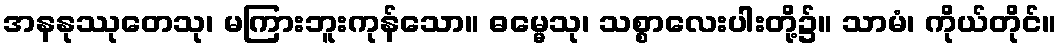
အနနုဿုတေသု၊ မကြားဘူးကုန်သော။ ဓမ္မေသု၊ သစ္စာလေးပါးတို့၌။ သာမံ၊ ကိုယ်တိုင်။